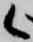
候